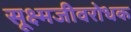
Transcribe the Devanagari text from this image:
सूक्ष्मजीवरोधक